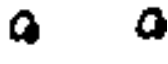
a a